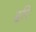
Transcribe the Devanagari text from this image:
ढरि